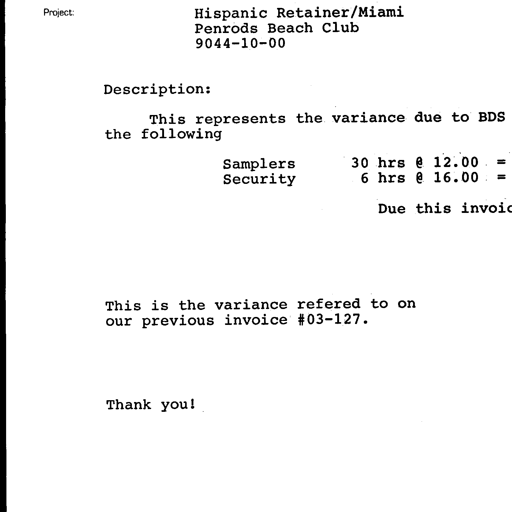
Project: Hispanic Retainer/Miami
Penrods Beach Club
9044-10-00

Description:

This represents the variance due to BDS
the following

Samplers 30 hrs @ 12.00 =
Security 6 hrs @ 16.00 =

Due this invoic

This is the variance refered to on
our previous invoice #03-127.

Thank you!